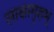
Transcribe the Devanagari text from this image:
लाक्षागृहम्